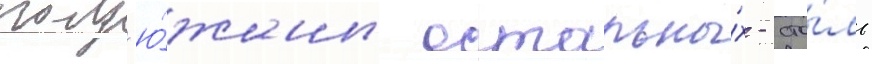
полд'ю́жины остальны́х - сто́ль